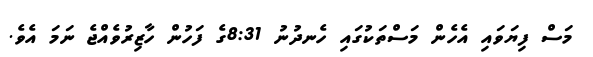
މަސް ފިޔަވައި އެހެން މަސްތަކުގައި ހެނދުނު 8:31ގެ ފަހުން ހާޒިރުވެއްޖެ ނަމަ އެވެ.